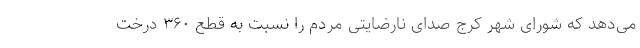
می‌دهد که شورای شهر کرج صدای نارضایتی مردم را نسبت به قطع ۳۶۰ درخت